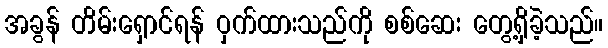
အခွန် တိမ်းရှောင်ရန် ဝှက်ထားသည်ကို စစ်ဆေး တွေ့ရှိခဲ့သည်။